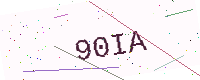
Text: 90IA